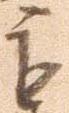
も